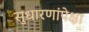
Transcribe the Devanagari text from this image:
सुधारणांपेक्षा